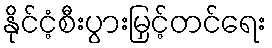
နိုင်ငံ့စီးပွားမြှင့်တင်ရေး